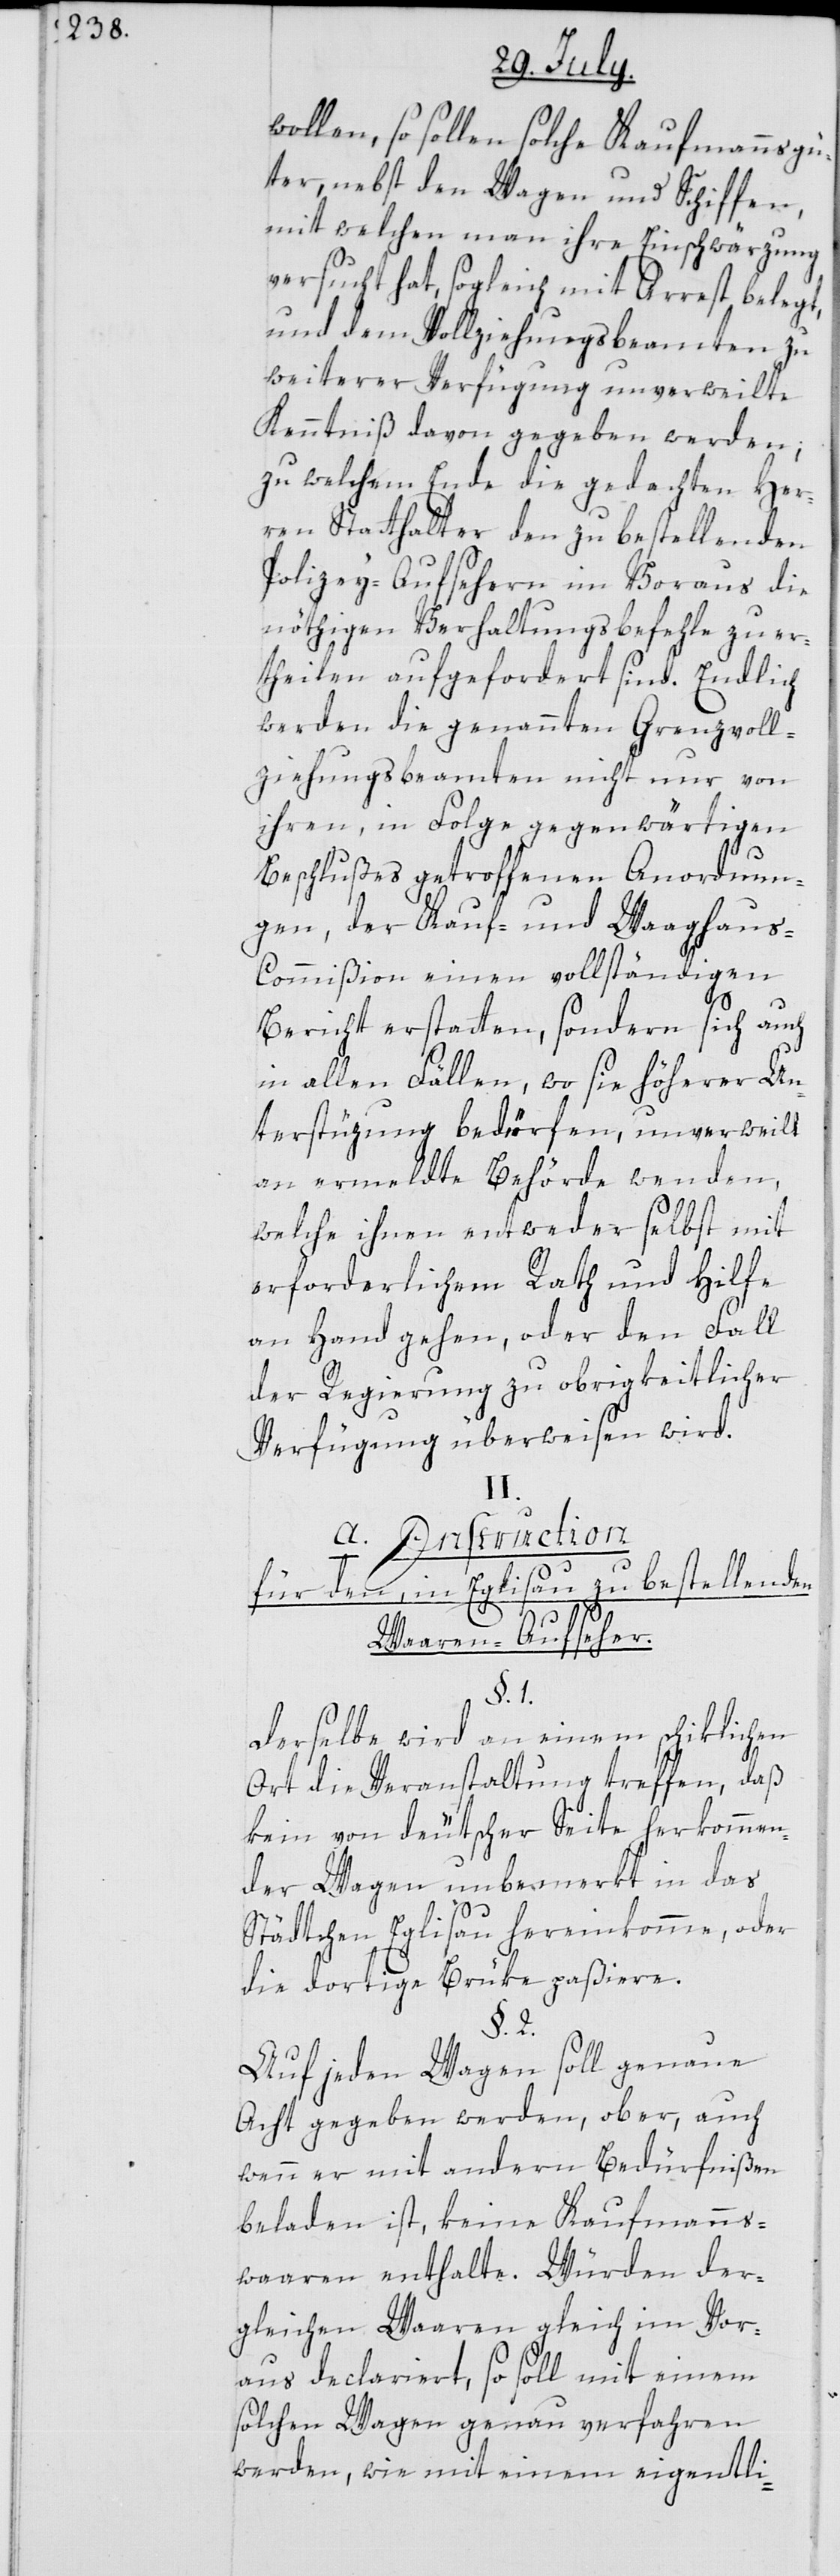
wollen, so sollen solche Kaufmannsgü¬
ter, nebst den Wagen und Schiffen,
mit welchen man ihre Einschwärzung
versucht hat, sogleich mit Arrest belegt,
und dem Vollziehungsbeamten zu
weiterer Verfügung unverweilte
Kenntniß davon gegeben werden;
zu welchem Ende die gedachten Her¬
ren Statthalter den zu bestellenden
Polizey-Aufsehern im Voraus die
nöthigen Verhaltungsbefehle zu er¬
theilen aufgefordert sind. Endlich
werden die genannten Grenzvoll¬
ziehungsbeamten nicht nur von
ihren, in Folge gegenwärtigen
Beschlußes getroffenen Anordnun¬
gen, der Kauf- und Waaghau¬
s-Commißion einen vollständigen
Bericht erstatten, sondern sich auch
in allen Fällen, wo sie höhere Un¬
terstüzung bedörfen, unverweilt
an ermeldte Behörde wenden,
welche ihnen entweder selbst mit
erforderlichem Rath und Hilfe
an Hand gehen, oder den Fall
der Regierung zu obrigkeitlicher
Verfügung überweisen wird.
II.
A. Instruction
für den, in Eglisau zu bestellenden
Waaren-Aufseher.
§. 1.
Derselbe wird an einem schiklichen
Ort die Veranstaltung treffen, daß
kein von deutscher Seite herkommen¬
der Wagen unbemerkt in das
Städtchen Eglisau hereinkomme, oder
die dortige Brüke paßiere.
§. 2.
Auf jeden Wagen soll genaue
Acht gegeben werden, ob er, auch
wenn er mit andern Bedürfnißen
beladen ist, keine Kaufmanns¬
waaren enthalte. Würden der¬
gleichen Waaren gleich im Vor¬
aus declariert, so soll mit einem
solchen Wagen genau verfahren
werden, wie mit einem eigentli-